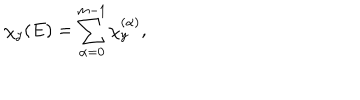
LaTeX: \chi _ { y } ( E ) = \sum _ { \alpha = 0 } ^ { m - 1 } \chi _ { y } ^ { ( \alpha ) } ,